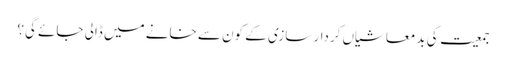
جمعیت کی بدمعاشیاں کردار سازی کے کون سے خانے میں ڈالی جائے گی؟